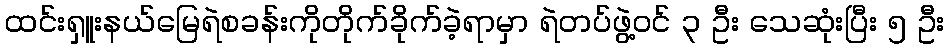
ထင်းရှူးနယ်မြေရဲစခန်းကိုတိုက်ခိုက်ခဲ့ရာမှာ ရဲတပ်ဖွဲ့ဝင် ၃ ဦး သေဆုံးပြီး ၅ ဦး